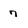
Character: 7